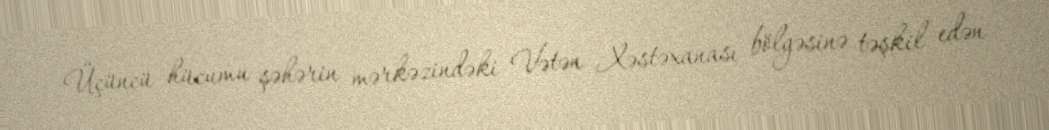
Üçüncü hücumu şəhərin mərkəzindəki Vətən Xəstəxanası bölgəsinə təşkil edən